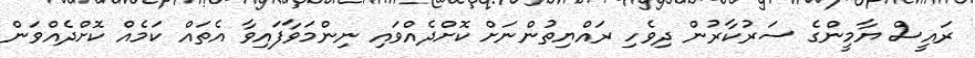
ރައީސް ޔާމީންގެ ސަރުކާރުން ދިވެހި ރައްޔިތުންނަށް ކޮށްދެއްވައި ނިންމަވާފައިވާ އެތައް ކަމެއް ކޮށްދެއްވަން